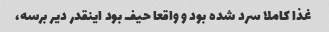
غذا کاملا سرد شده بود و واقعا حیف بود اینقدر دیر برسه،